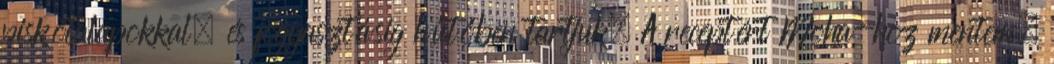
piskótalapokkal, és fogyasztásig hűtőben tartjuk. A receptért Moha-hoz mentem,